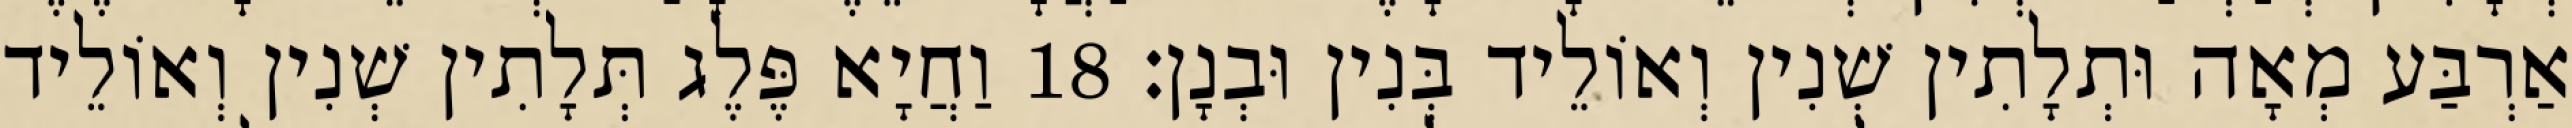
אַרְבַּע מְאָה וּתְלָתִין שְׁנִין וְאוֹלֵיד בְּנִין וּבְנָן׃ 18 וַחֲיָא פֶּלֶג תְּלָתִין שְׁנִין וְאוֹלֵיד